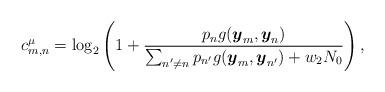
LaTeX: \begin{align*}c^{\mu}_{m,n}=\log_2 \left(1 + \frac{p_n g(\boldsymbol{y}_m,\boldsymbol{y}_n)}{\sum_{n'\neq n} p_{n'} g(\boldsymbol{y}_m,\boldsymbol{y}_{n'}) + w_2 N_0}\right),\end{align*}